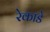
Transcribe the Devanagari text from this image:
रेकाडे